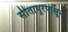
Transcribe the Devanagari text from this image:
सीतापूरपासून